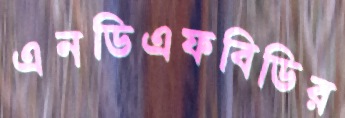
এনডিএফবিডির